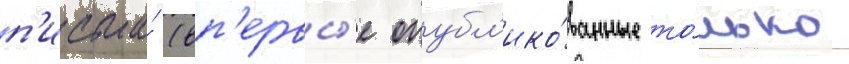
п'исьма́ (вп'ервы́е опубл'ико́ванные то́лько